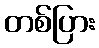
တစ်ပြား